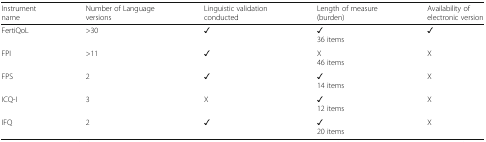
| Instrument name | Number of Language versions | Linguistic validation conducted | Length of measure (burden) | Availability of electronic version |
 | --- | --- | --- | --- | --- |
 | FertiQoL | >30 | ✓ | ✓36 items | ✓ |
 | FPI | >11 | ✓ | X46 items | X |
 | FPS | 2 | ✓ | ✓14 items | X |
 | ICQ-I | 3 | X | ✓12 items | X |
 | IFQ | 2 | ✓ | ✓20 items | X |